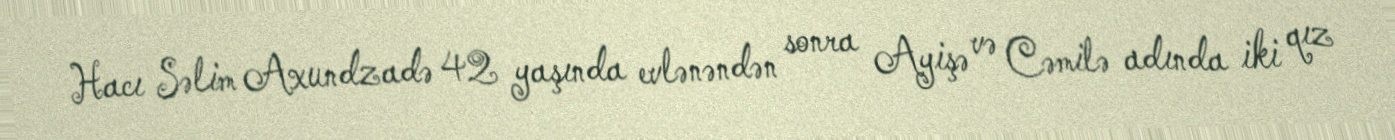
Hacı Səlim Axundzadə 42 yaşında evlənəndən sonra Ayişə və Cəmilə adında iki qız